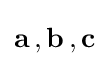
\mathbf {a} \,,\mathbf {b} \,,\mathbf {c}